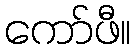
ကော်ဖီ။